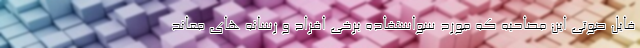
فایل صوتی این مصاحبه که مورد سواستفاده برخی افراد و رسانه های معاند